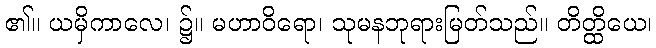
၏။ ယမှိကာလေ၊ ၌။ မဟာဝိရော၊ သုမနဘုရားမြတ်သည်။ တိတ္ထိယေ၊